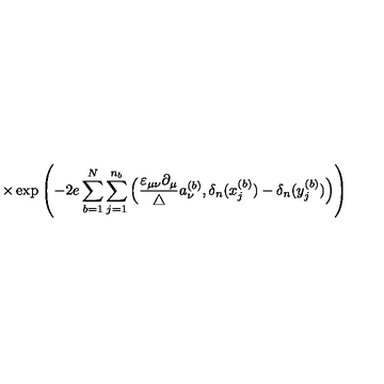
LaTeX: \times \exp \left( - 2 e \sum _ { b = 1 } ^ { N } \sum _ { j = 1 } ^ { n _ { b } } \Big ( \frac { \varepsilon _ { \mu \nu } \partial _ { \mu } } { \triangle } a _ { \nu } ^ { ( b ) } , \delta _ { n } ( x _ { j } ^ { ( b ) } ) - \delta _ { n } ( y _ { j } ^ { ( b ) } ) \Big ) \right)